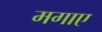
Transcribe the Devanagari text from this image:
मगाए